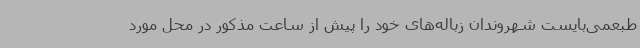
طبعمی‌بایست شهروندان زباله‌های خود را پیش از ساعت مذکور در محل مورد